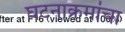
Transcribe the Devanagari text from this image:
घटनाक्रमांचा